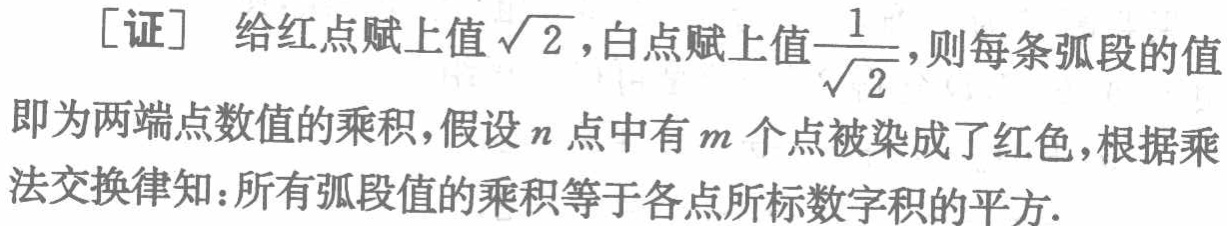
[证] 给红点赋上值$\sqrt{2}$，白点赋上值$\frac{1}{\sqrt{2}}$，则每条弧段的值即为两端点数值的乘积，假设$n$点中有$m$个点被染成了红色，根据乘法交换律知：所有弧段值的乘积等于各点所标数字积的平方.